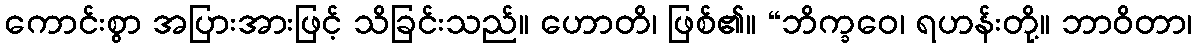
ကောင်းစွာ အပြားအားဖြင့် သိခြင်းသည်။ ဟောတိ၊ ဖြစ်၏။ “ဘိက္ခဝေ၊ ရဟန်းတို့။ ဘာဝိတာ၊